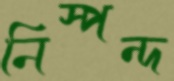
নিস্পন্দ